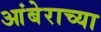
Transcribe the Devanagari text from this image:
आंबेराच्या